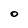
Character: O